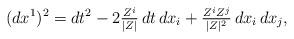
LaTeX: \begin{align*} (d x^1)^2 = d t^2 - 2\tfrac{Z^i}{|Z|}\,d t\,d x_i + \tfrac{Z^i Z^j}{|Z|^2}\,d x_i\,d x_j, \end{align*}